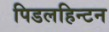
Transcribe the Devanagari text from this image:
पिडलहिन्टन